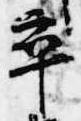
卒